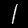
Digit: 1